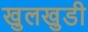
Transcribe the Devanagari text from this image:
खुलखुडी